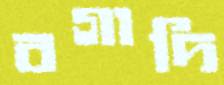
বগাদি